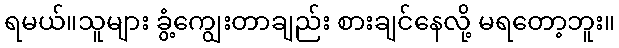
ရမယ်။သူများ ခွံ့ကျွေးတာချည်း စားချင်နေလို့ မရတော့ဘူး။